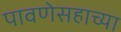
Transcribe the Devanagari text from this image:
पावणेसहाच्या